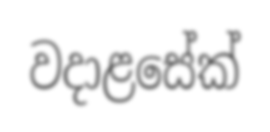
වදාළසේක්